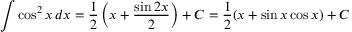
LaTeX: \int \cos ^ { 2 } x \, d x = { \frac { 1 } { 2 } } \left( x + { \frac { \sin 2 x } { 2 } } \right) + C = { \frac { 1 } { 2 } } ( x + \sin x \cos x ) + C